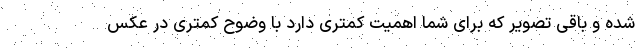
شده و باقی تصویر که برای شما اهمیت کمتری دارد با وضوح کمتری در عکس